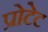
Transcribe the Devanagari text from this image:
प्रोटेट